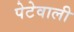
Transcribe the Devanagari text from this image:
पेटेवाली